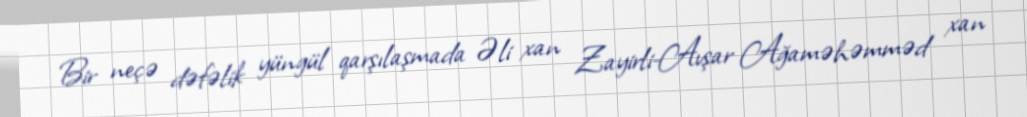
Bir neçə dəfəlik yüngül qarşılaşmada Əli xan Zayirli-Avşar Ağaməhəmməd xan